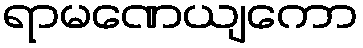
ရာမဏေယျကော